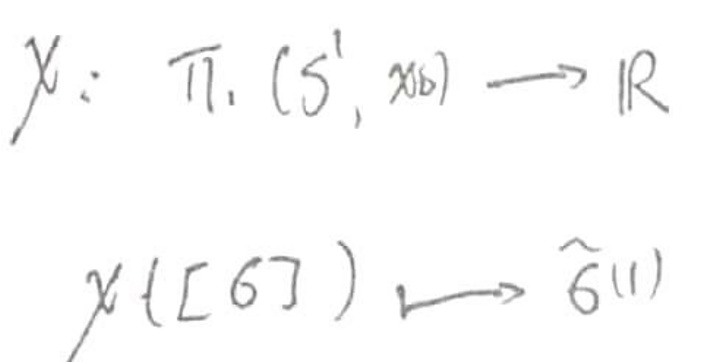
\[
\chi: \pi_1(S^1, x_0) \to \mathbb{R}
\]
\[
\chi([\gamma]) \mapsto \hat{\gamma}(1)
\]